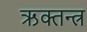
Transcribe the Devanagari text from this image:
ऋक्तन्त्र